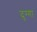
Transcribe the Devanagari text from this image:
दुग्गा